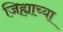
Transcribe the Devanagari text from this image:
जिह्याच्या